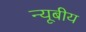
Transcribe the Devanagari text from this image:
न्यूबीय